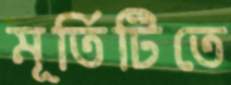
মূর্তিটিতে